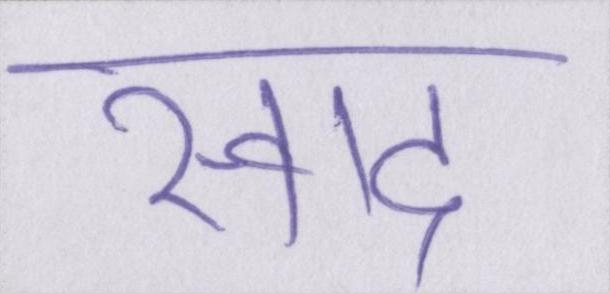
स्वाद